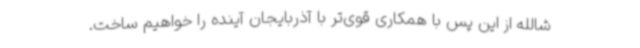
شالله از این پس با همکاری قوی‌تر با آذربایجان آینده را خواهیم ساخت.